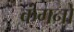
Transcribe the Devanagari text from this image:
कंगनों